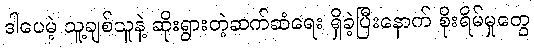
ဒါပေမဲ့ သူ့ချစ်သူနဲ့ ဆိုးရွားတဲ့ဆက်ဆံရေး ရှိခဲ့ပြီးနောက် စိုးရိမ်မှုတွေ